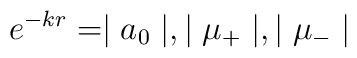
e^{-kr} = \mid a_0 \mid,  \mid \mu_+ \mid,  \mid \mu_- \mid